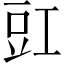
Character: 豇